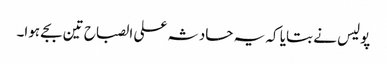
پولیس نے بتایا کہ یہ حادثہ علی الصباح تین بجے ہوا۔